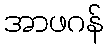
အာဖဂန်